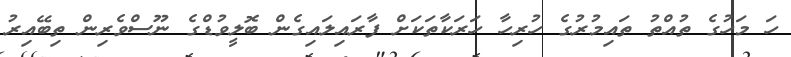
ހަ މަހުގެ ތުއްތު ތައިމުރުގެ ހުރިހާ ހަރަކާތަކަށް ފާރައިލައިގެން ބޮލީވުޑްގެ ނޫސްވެރިން ތިބޭއިރު